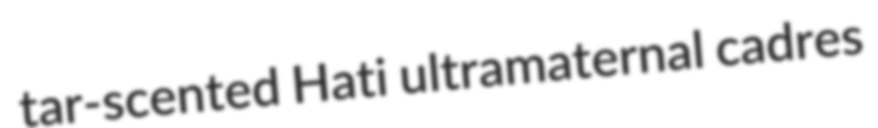
tar-scented Hati ultramaternal cadres